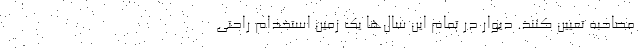
مصاحبه تعیین کنند. دیوار در تمام این‌ سال‌ها یک زمین استخدام راحتی